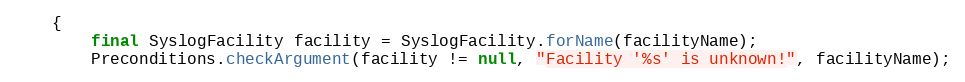
Language: Java
    {
        final SyslogFacility facility = SyslogFacility.forName(facilityName);
        Preconditions.checkArgument(facility != null, "Facility '%s' is unknown!", facilityName);